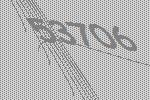
53706